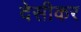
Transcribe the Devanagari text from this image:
देसीकर